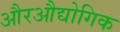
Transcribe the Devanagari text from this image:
औरऔद्योगिक